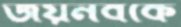
জয়নবকে